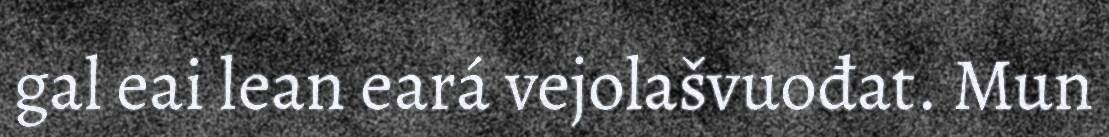
gal eai lean eará vejolašvuođat. Mun